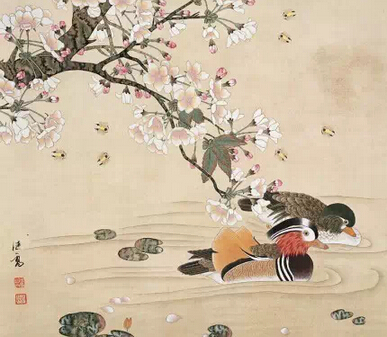
小轩窗。正梳妆。相顾无言，惟有泪千行。